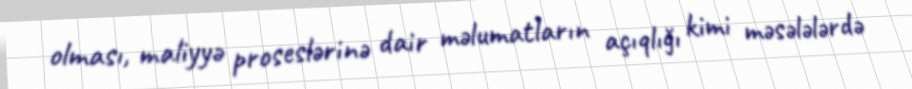
olması, maliyyə proseslərinə dair məlumatların açıqlığı kimi məsələlərdə